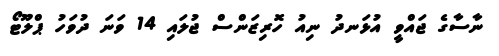
ނާސާގެ ޖައްވީ އުޅަނދު ނިއު ހޮރިޒަންސް ޖުލައި 14 ވަނަ ދުވަހު ޕްލޫޓޯ